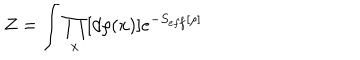
Z = \int \prod _ { x } [ d \rho ( x ) ] e ^ { - S _ { e f f } [ \rho ] }